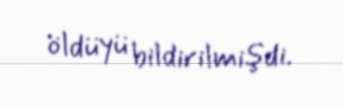
öldüyü bildirilmişdi.